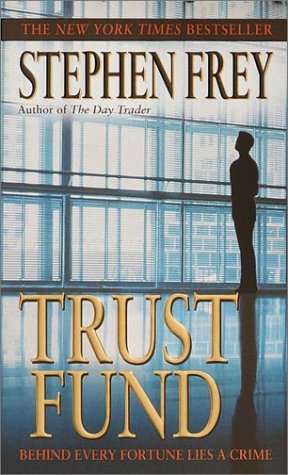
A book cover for Trust Fund; Stephen Frey; Mystery, Thriller & Suspense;